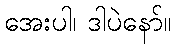
အေးပါ၊ ဒါပဲနော်။